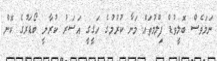
ނަމަވެސް ބޮލީވުޑް ފިލްމުތައް މަނާ ކުރުމުގެ ހަގީގީ އަސަރު ކުރާނީ ބޯޑަރުގެ ކޮން